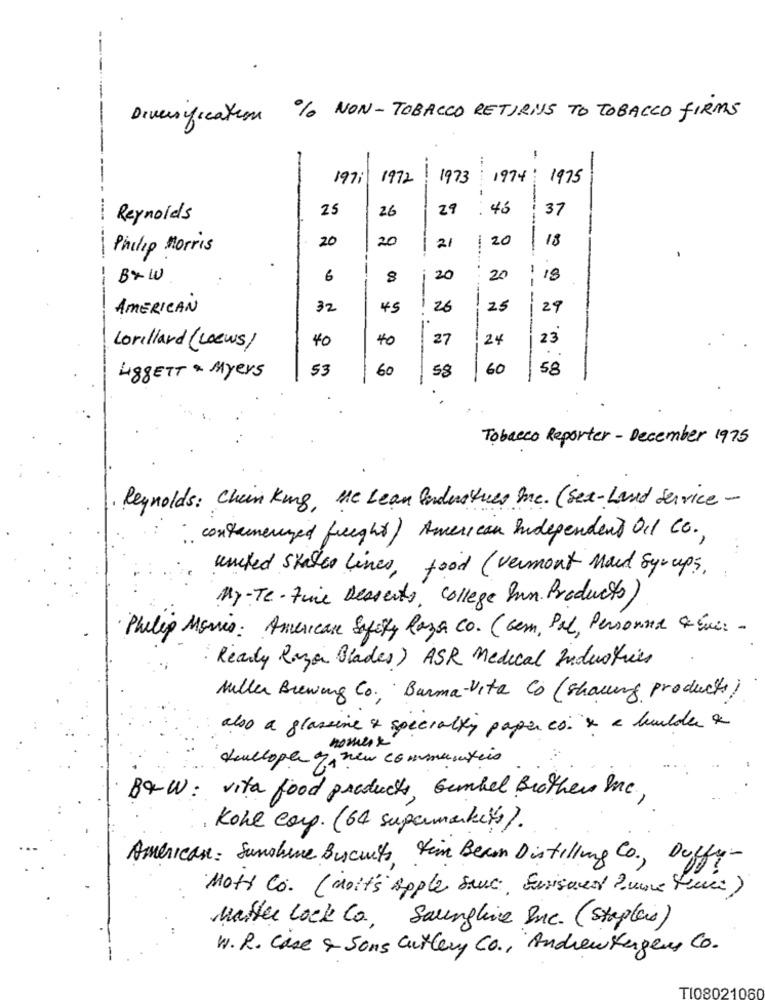
--
% NON-TOBACCO RETURNS TO TOBACCO FIRMS
Diversification
-
-
1971
1972
---
1973 1974 : 1975
-
25
26
29
.
46
37
Reynolds
20
21
20
Philip Morris
20
18
Bx 10
6
8
20
20
-
18
--
---
AMERICAN
32
45
26
25
29
40
40
27
24
23
Lorillard (Loews)
53
60
58
60
58
488ETT & Myers
Tobacco Reporter - December 1975
Reynolds: Chein Kung, Me Lean Industries me. (Sex-Land Service-
contemenzed freight) American Independent Oil Co .,
united states lines, food ( vermont Maud Syrups.
My-Te-Fine Desserts, College Inn. Products
Philip Morris: American Sufity Raza Co. ( cem, Pal, Personne & Evi: -
Ready Razor Blades) ASR Medical Industries
Miller Brewing Co. Barma-Vita Co (Showing products)
also a glassine + speciali paperco. x a bude x
nomerx
dullope of new communities
BQ-W: vita food products, Gumbel Brothers me,
Kohl corp. (64 supermarkets).
American: Sunshine Biscuits Jim Beam Distilling Co ., Duffy-
Mott Co. (noit's Apple sauce, Eurisund Zune ture)
Master lock Co, Saunghie Inc. (Staples)
W. R. Case & Sons Cutlery Co ., Andrewtergens Co.
TI08021080